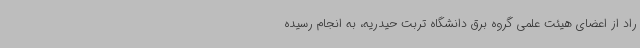
راد از اعضای هیئت علمی گروه برق دانشگاه تربت حیدریه، به انجام رسیده